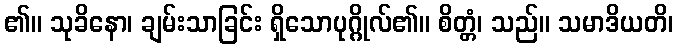
၏။ သုခိနော၊ ချမ်းသာခြင်း ရှိသောပုဂ္ဂိုလ်၏။ စိတ္တံ၊ သည်။ သမာဒိယတိ၊